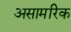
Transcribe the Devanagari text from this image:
असामरिक